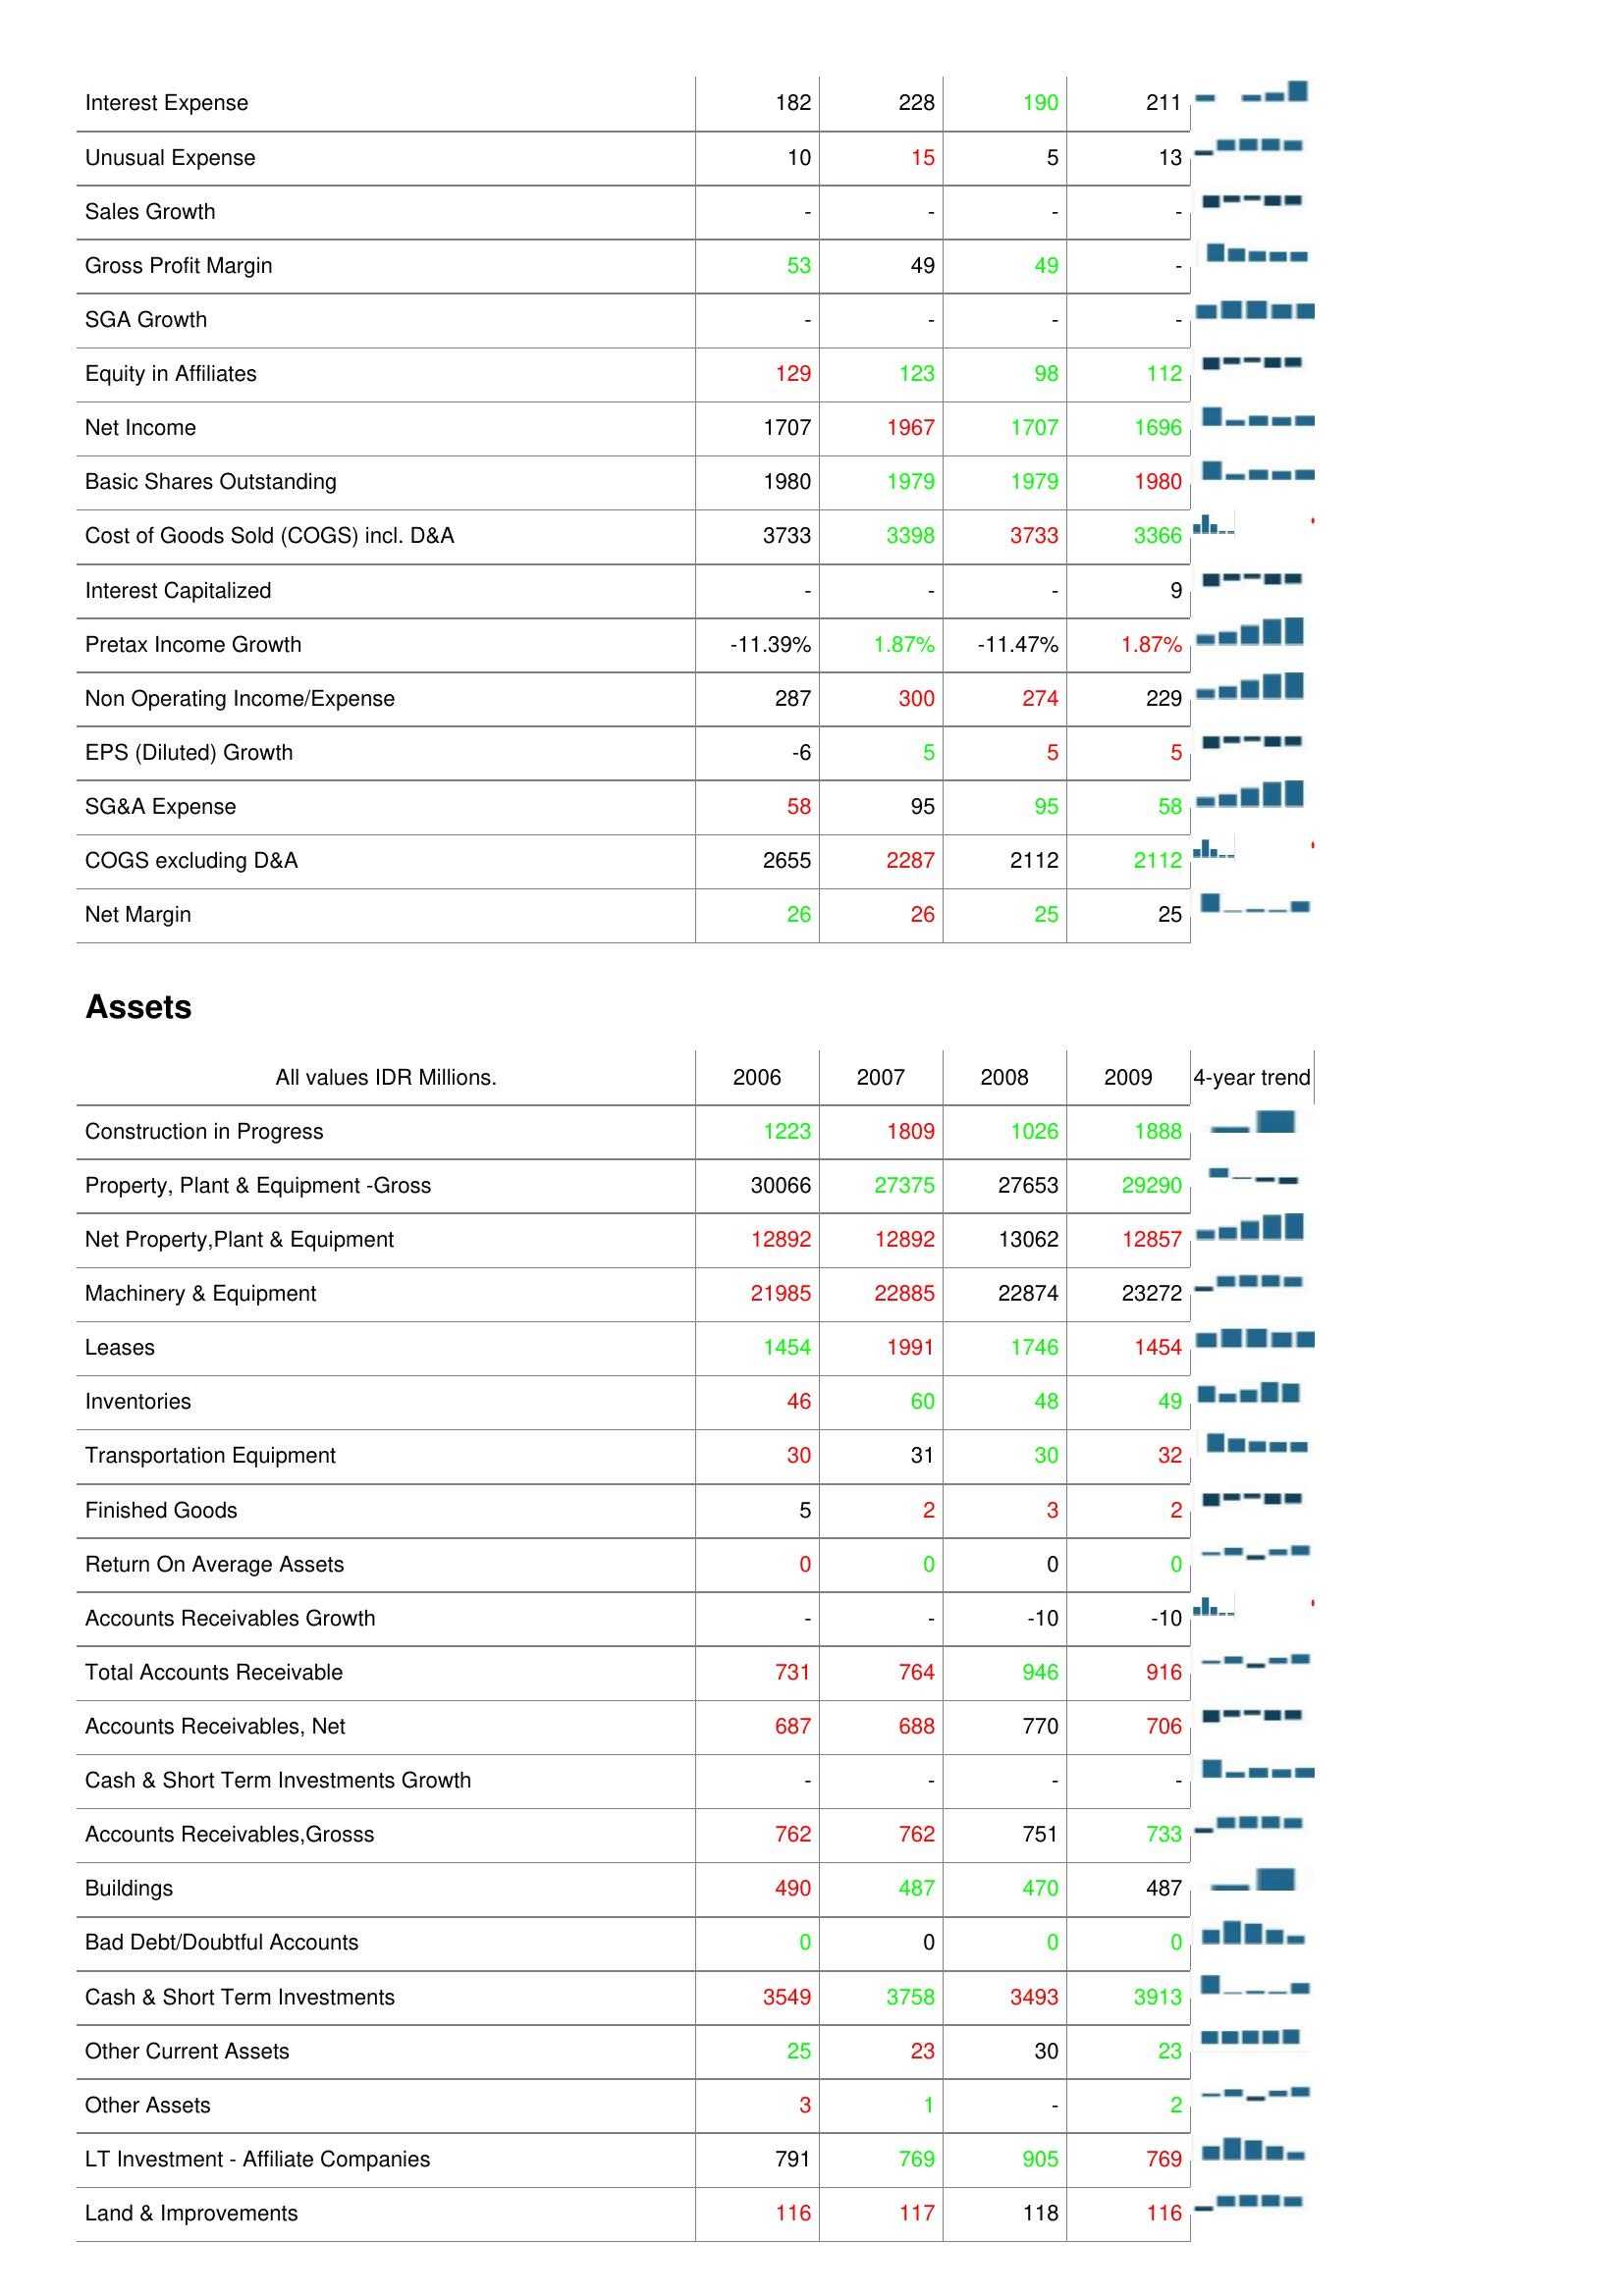
2006: : Interest Expense: 182
Unusual Expense: 10
Sales Growth: -
Gross Profit Margin: 53
SGA Growth: -
Equity in Affiliates: 129
Net Income: 1707
Basic Shares Outstanding: 1980
Cost of Goods Sold (COGS) incl. D&A: 3733
Interest Capitalized: -
Pretax Income Growth: -11.39%
Non Operating Income/Expense: 287
EPS (Diluted) Growth: -6
SG&A Expense: 58
COGS excluding D&A: 2655
Net Margin: 26
Assets: Construction in Progress: 1223
Property, Plant & Equipment -Gross: 30066
Net Property,Plant & Equipment: 12892
Machinery & Equipment: 21985
Leases: 1454
Inventories: 46
Transportation Equipment: 30
Finished Goods: 5
Return On Average Assets: 0
Accounts Receivables Growth: -
Total Accounts Receivable: 731
Accounts Receivables, Net: 687
Cash & Short Term Investments Growth: -
Accounts Receivables,Grosss: 762
Buildings: 490
Bad Debt/Doubtful Accounts: 0
Cash & Short Term Investments: 3549
Other Current Assets: 25
Other Assets: 3
LT Investment - Affiliate Companies: 791
Land & Improvements: 116
2007: : Interest Expense: 228
Unusual Expense: 15
Sales Growth: -
Gross Profit Margin: 49
SGA Growth: -
Equity in Affiliates: 123
Net Income: 1967
Basic Shares Outstanding: 1979
Cost of Goods Sold (COGS) incl. D&A: 3398
Interest Capitalized: -
Pretax Income Growth: 1.87%
Non Operating Income/Expense: 300
EPS (Diluted) Growth: 5
SG&A Expense: 95
COGS excluding D&A: 2287
Net Margin: 26
Assets: Construction in Progress: 1809
Property, Plant & Equipment -Gross: 27375
Net Property,Plant & Equipment: 12892
Machinery & Equipment: 22885
Leases: 1991
Inventories: 60
Transportation Equipment: 31
Finished Goods: 2
Return On Average Assets: 0
Accounts Receivables Growth: -
Total Accounts Receivable: 764
Accounts Receivables, Net: 688
Cash & Short Term Investments Growth: -
Accounts Receivables,Grosss: 762
Buildings: 487
Bad Debt/Doubtful Accounts: 0
Cash & Short Term Investments: 3758
Other Current Assets: 23
Other Assets: 1
LT Investment - Affiliate Companies: 769
Land & Improvements: 117
2008: : Interest Expense: 190
Unusual Expense: 5
Sales Growth: -
Gross Profit Margin: 49
SGA Growth: -
Equity in Affiliates: 98
Net Income: 1707
Basic Shares Outstanding: 1979
Cost of Goods Sold (COGS) incl. D&A: 3733
Interest Capitalized: -
Pretax Income Growth: -11.47%
Non Operating Income/Expense: 274
EPS (Diluted) Growth: 5
SG&A Expense: 95
COGS excluding D&A: 2112
Net Margin: 25
Assets: Construction in Progress: 1026
Property, Plant & Equipment -Gross: 27653
Net Property,Plant & Equipment: 13062
Machinery & Equipment: 22874
Leases: 1746
Inventories: 48
Transportation Equipment: 30
Finished Goods: 3
Return On Average Assets: 0
Accounts Receivables Growth: -10
Total Accounts Receivable: 946
Accounts Receivables, Net: 770
Cash & Short Term Investments Growth: -
Accounts Receivables,Grosss: 751
Buildings: 470
Bad Debt/Doubtful Accounts: 0
Cash & Short Term Investments: 3493
Other Current Assets: 30
Other Assets: -
LT Investment - Affiliate Companies: 905
Land & Improvements: 118
2009: : Interest Expense: 211
Unusual Expense: 13
Sales Growth: -
Gross Profit Margin: -
SGA Growth: -
Equity in Affiliates: 112
Net Income: 1696
Basic Shares Outstanding: 1980
Cost of Goods Sold (COGS) incl. D&A: 3366
Interest Capitalized: 9
Pretax Income Growth: 1.87%
Non Operating Income/Expense: 229
EPS (Diluted) Growth: 5
SG&A Expense: 58
COGS excluding D&A: 2112
Net Margin: 25
Assets: Construction in Progress: 1888
Property, Plant & Equipment -Gross: 29290
Net Property,Plant & Equipment: 12857
Machinery & Equipment: 23272
Leases: 1454
Inventories: 49
Transportation Equipment: 32
Finished Goods: 2
Return On Average Assets: 0
Accounts Receivables Growth: -10
Total Accounts Receivable: 916
Accounts Receivables, Net: 706
Cash & Short Term Investments Growth: -
Accounts Receivables,Grosss: 733
Buildings: 487
Bad Debt/Doubtful Accounts: 0
Cash & Short Term Investments: 3913
Other Current Assets: 23
Other Assets: 2
LT Investment - Affiliate Companies: 769
Land & Improvements: 116